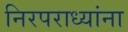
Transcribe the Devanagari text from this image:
निरपराध्यांना